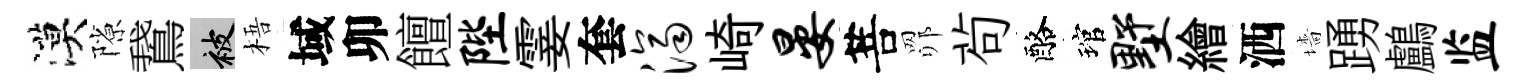
漠隙鵞被梧域卯饘陛霎套济崎晏菩𦊑茍酪琯墅繪洒墻踴鸕监